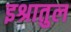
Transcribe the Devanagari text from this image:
इश्रातुल